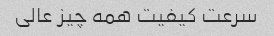
سرعت کیفیت همه چیز عالی